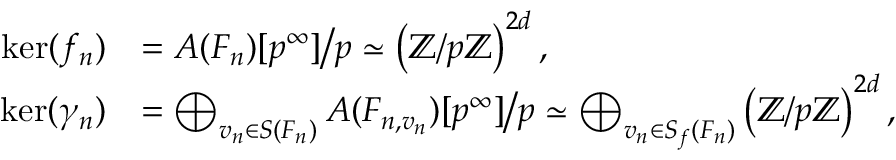
\begin{array} { r l } { \ker ( f _ { n } ) } & { = A ( F _ { n } ) [ p ^ { \infty } ] \big / { p } \simeq \left( \mathbb Z / p \mathbb Z \right) ^ { 2 d } , } \\ { \ker ( \gamma _ { n } ) } & { = \bigoplus _ { v _ { n } \in S ( F _ { n } ) } A ( F _ { n , v _ { n } } ) [ p ^ { \infty } ] \big / p \simeq \bigoplus _ { v _ { n } \in S _ { f } ( F _ { n } ) } \left( \mathbb Z / p \mathbb Z \right) ^ { 2 d } , } \end{array}